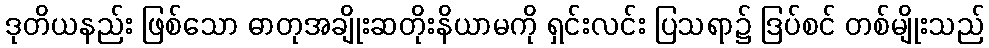
ဒုတိယနည်း ဖြစ်သော ဓာတုအချိုးဆတိုးနိယာမကို ရှင်းလင်း ပြသရာ၌ ဒြပ်စင် တစ်မျိုးသည်